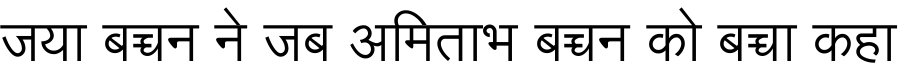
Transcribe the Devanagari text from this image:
जया बच्चन ने जब अमिताभ बच्चन को बच्चा कहा